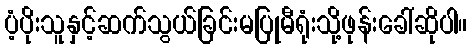
ပံ့ပိုးသူနှင့်ဆက်သွယ်ခြင်းမပြုမီရုံးသို့ဖုန်းခေါ်ဆိုပါ။